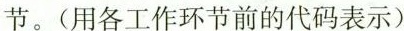
节。(用各工作环节前的代码表示)